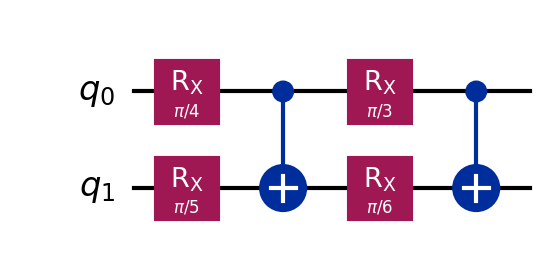
Description: Data reuploading: Rx-CNOT-Rx-CNOT pattern
描述: 数据重上传：Rx-CNOT-Rx-CNOT模式
Category: variational (difficulty: intermediate)
Qubits: 2, circuit depth: 4

Braket implementation:
import math
from braket.circuits import Circuit
circuit = Circuit()
circuit.rx(0, math.pi/4).rx(1, math.pi/5)
circuit.cnot(0, 1)
circuit.rx(0, math.pi/3).rx(1, math.pi/6)
circuit.cnot(0, 1)